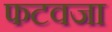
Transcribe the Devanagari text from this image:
फटवजा